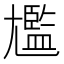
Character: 尷